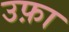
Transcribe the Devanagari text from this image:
उफ़ा